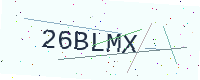
Text: 26BLMX